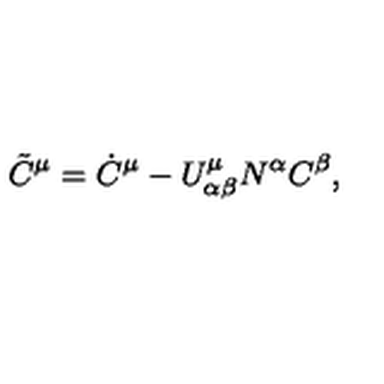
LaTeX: \tilde { C } ^ { \mu } = \dot { C } ^ { \mu } - U _ { \alpha \beta } ^ { \mu } N ^ { \alpha } C ^ { \beta } ,